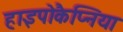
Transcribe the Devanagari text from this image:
हाइपोकैप्निया